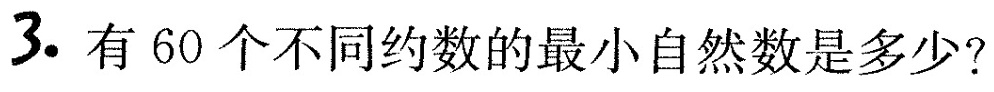
##3.##有60个不同约数的最小自然数是多少？